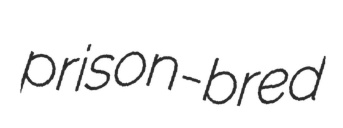
prison-bred